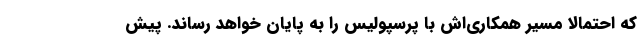
که احتمالا مسیر همکاری‌اش با پرسپولیس را به پایان خواهد رساند. پیش